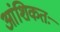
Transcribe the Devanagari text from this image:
आंशिकतः